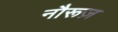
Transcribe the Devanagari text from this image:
नौरूज़